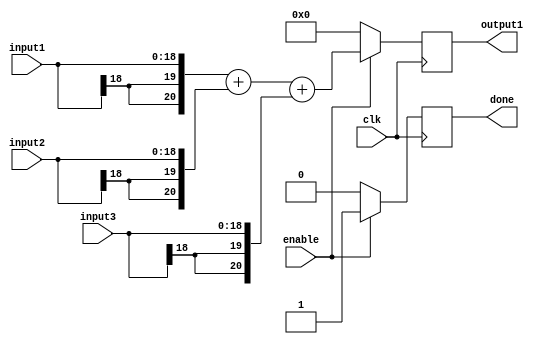
/*
	Description: Addition stage 4 of Convolution layer 2, convolution of convolved image and convolved pattern
*/

`timescale 1ns / 1ps

module adderStage4_2(
    	input [18:0] input1,
    	input [18:0] input2,
	input [18:0] input3,
    	output reg [20:0] output1,
	input enable,
    	input clk,
	output reg done
    );
	
	always @ (posedge clk) begin
		if(enable) begin
			output1 <= {{2{input1[18]}}, input1} + {{2{input2[18]}}, input2} + {{2{input3[18]}}, input3};
			done <= 1'b1;
		end
		else begin
			output1 <= 0;
			done <= 1'b0;
		end
	end
	
endmodule